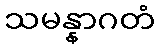
သမန္နာဂတံ